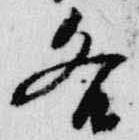
各